Tartu_linnavalitsus, lk 86
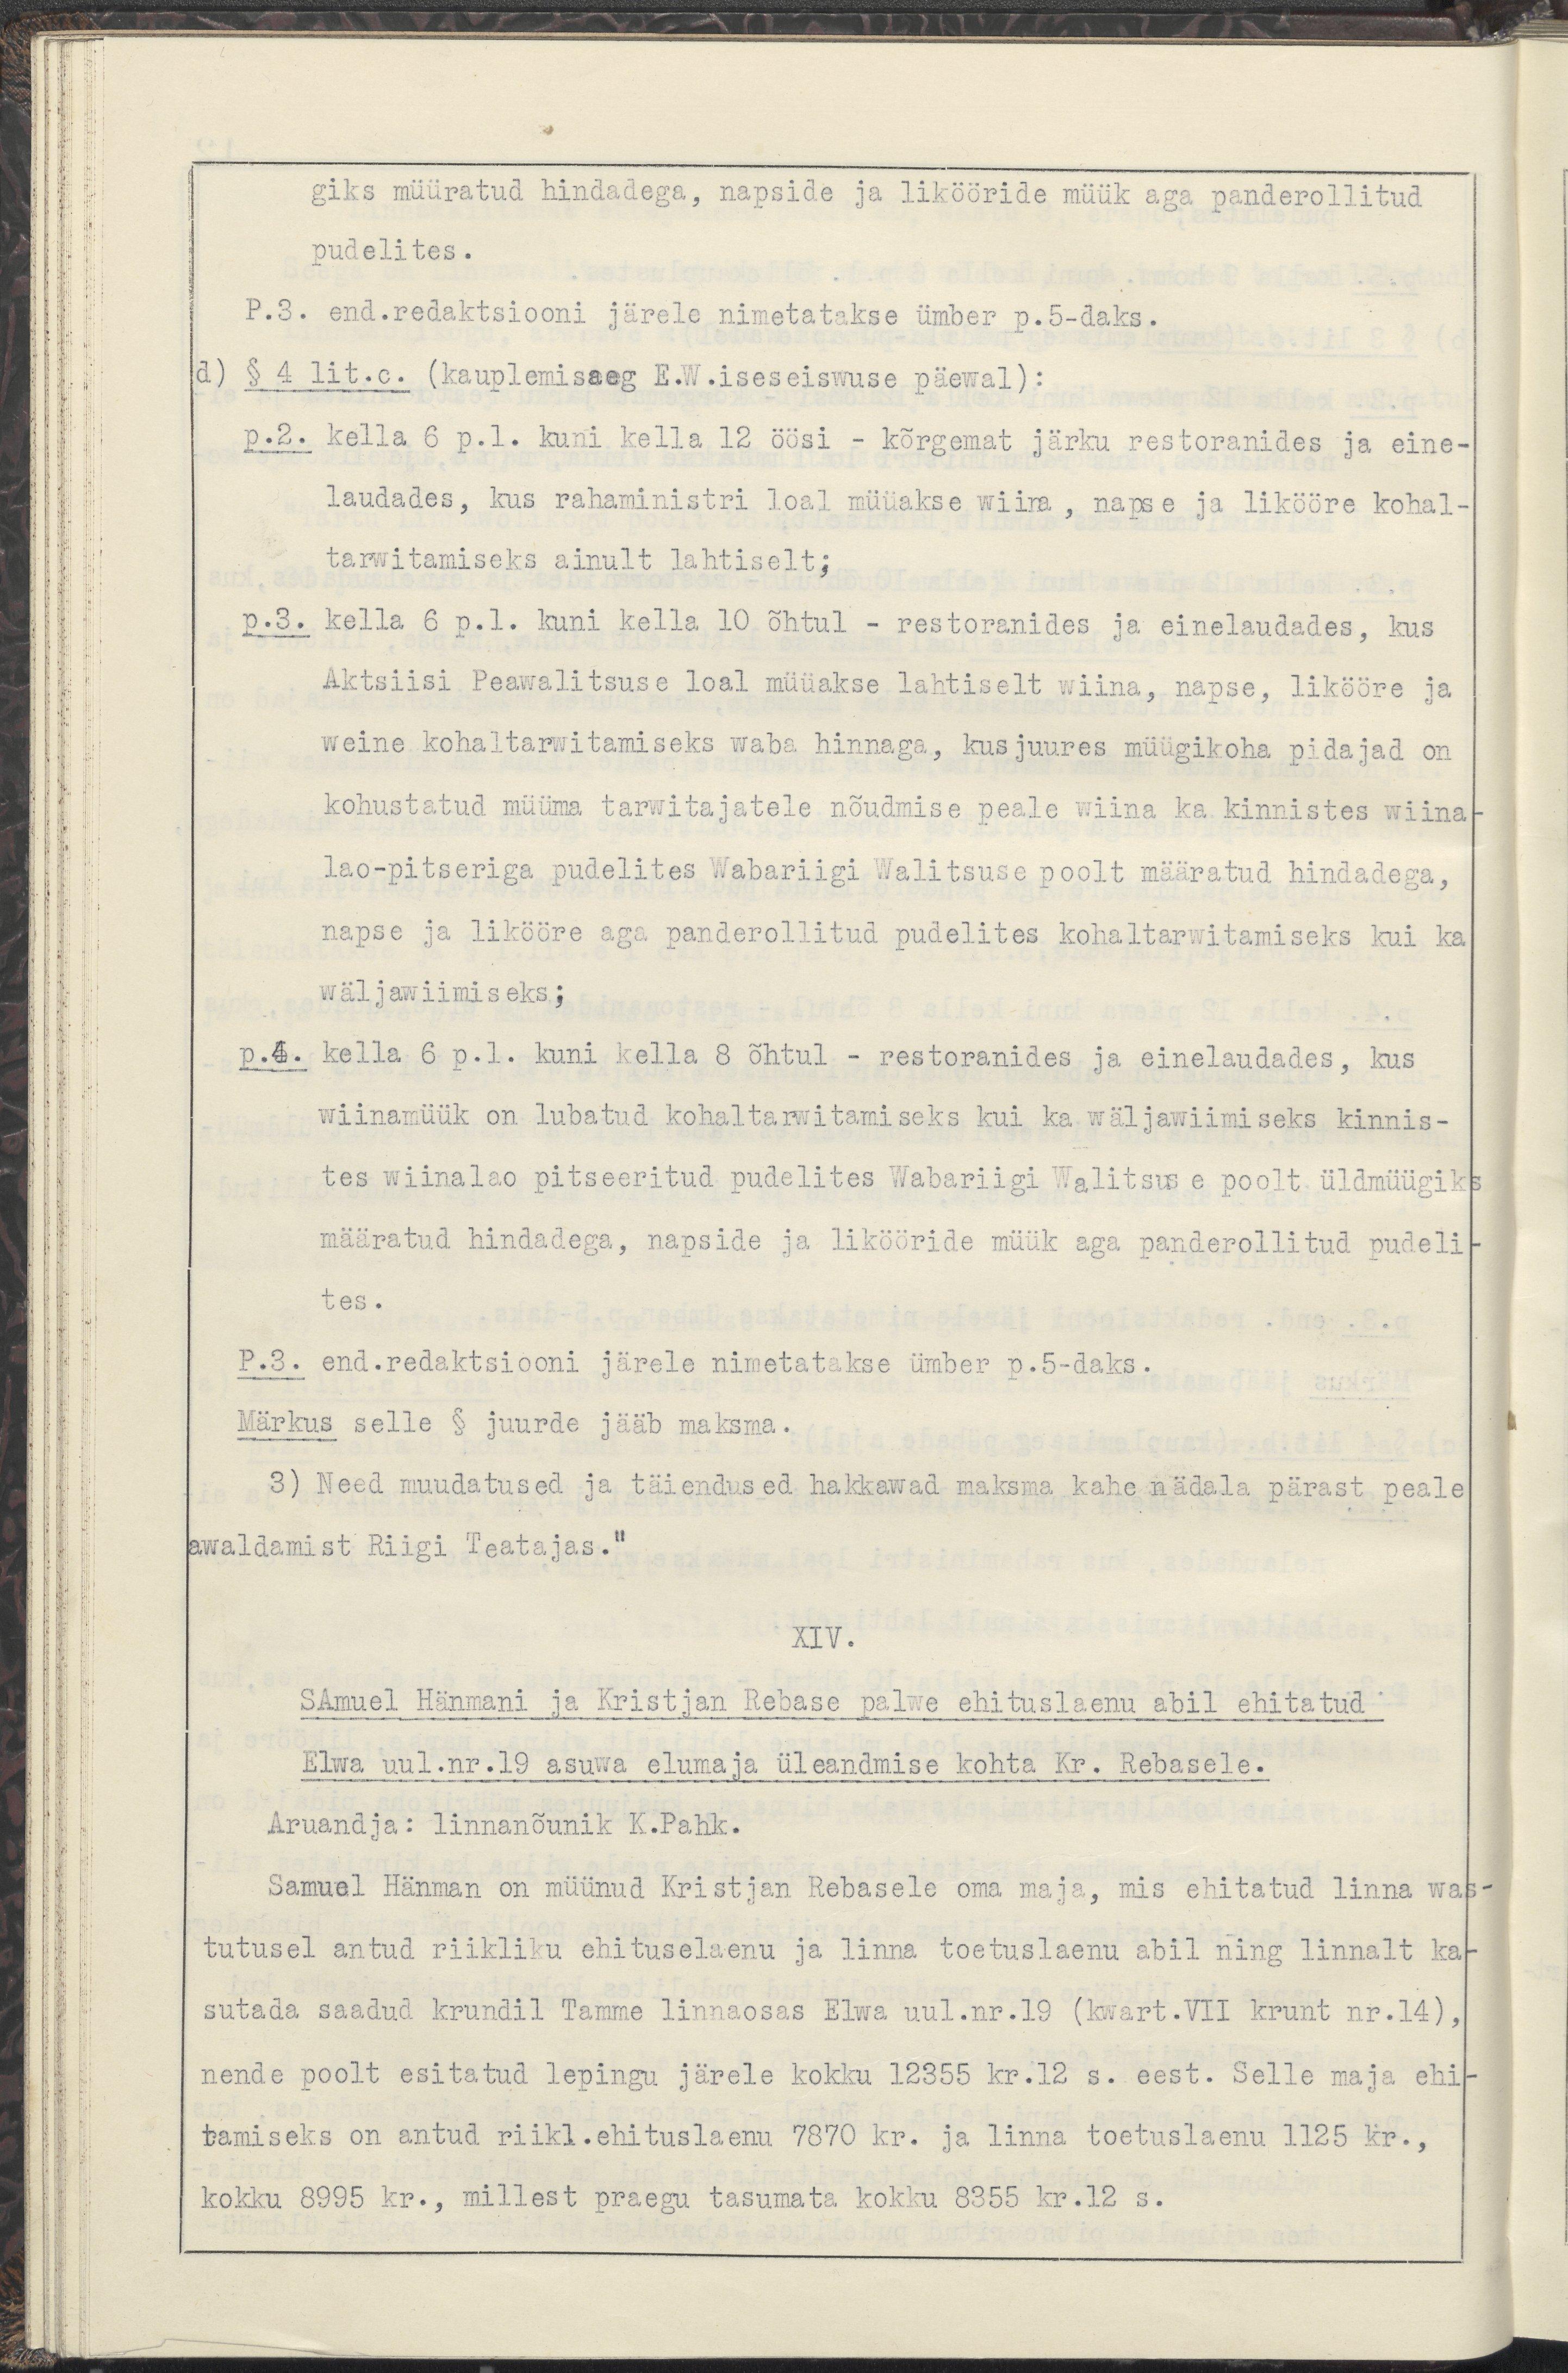
giks müüratud hindadega, napside ja likööride müük aga panderollitud
pudelites.
P.3. end.redaktsiooni järele nimetatakse ümber p.5-daks.
d) § 4 lit.c. (kauplemisaeg E.W.iseseiswuse päewal):
p.2. kella 6. p.l. kuni kella 12 öösi - kõrgemat järku restoranides ja eine-
laudades, kus rahaministri loal müüakse wiina, napse ja likööre kohal-
tarwitamiseks ainult lahtiselt;
p.3. kella 6 p.l. kuni kella 10 õhtul - restoranides ja einelaudades, kus
Aktsiisi Peawalitsuse loal müüakse lahtiselt wiina, napse, likööre ja
weine kohaltarwitamiseks waba hinnaga, kusjuures müügikoha pidajad on
kohustatud müüma tarwitajatele nõudmise peale wiina ka kinnistes wiina-
lao-pitseriga pudelites Wabariigi Walitsuse poolt määratud hindadega,
napse ja likööre aga panderollitud pudelites kohaltarwitamiseks kui ka
wäljawiimiseks;
p.4. kella 6. p.l. kuni kella 8 õhtul - restoranides ja einelaudades, kus
wiinamüük on lubatud kohaltarwitamiseks kui ka wäljawiimiseks kinnis-
tes wiinalao pitseeritud pudelites Wabariigi Walitsuse poolt üldmüügiks
määratud hindadega, napside ja likööride müük aga panderollitud pudeli-
tes.
P.3.  end.redaktsiooni järele nimetatakse ümber p.5-daks.
Märkus selle § juurde jääb maksma.
3) need muudatused ja täiendused hakkawad maksma kahe nädala pärast peale
awaldamist Riigi Teatajas."
XIV.
Samuel Hänmani ja Kristjan Rebase palwe ehituslaenu abil ehitatud
Elwa uul.nr.19 asuwa elumaja üleandmise kohta Kr. Rebasele.
Aruandja: Linnanõunik K.Pahk.
Samuel Hänman on müünud Kristjan Rebasele oma maja, mis ehitatud linna was-
tutusel antud riikliku ehituselaenu ja linna toetuslaenu abil ning linnnalt ka-
sutada saadud krunndil Tamme linnaosa Elwa uul.nr.19 (kwart.VII krunt nr.14),
nende poolt esitatud lepingu järel kokku 12355 kr.12 s. eest. Selle maja ehi-
tamiseks on antud riikl.ehituslaenu 7870 kr. ja linna yoetuslaenu 1125 Kr.,
kokku 8995 kr., millest praegu tasumata kokku 8355 kr.12 s.